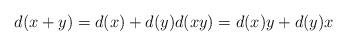
LaTeX: \begin{align*}d(x+y)=d(x)+d(y) d(xy)=d(x)y+d(y) x\end{align*}